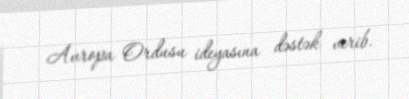
Avropa Ordusu ideyasına dəstək verib.